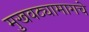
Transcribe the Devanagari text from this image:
मुखवट्यामागचे